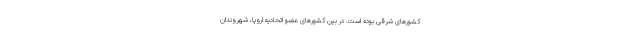
کشورهای شرقی بوده است. در بین کشورهای عضو اتحادیه اروپا، شهروندان